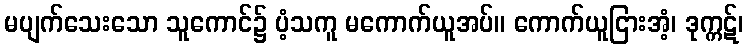
မပျက်သေးသော သူကောင်၌ ပံ့သကူ မကောက်ယူအပ်။ ကောက်ယူငြားအံ့၊ ဒုက္ကဋ်၊